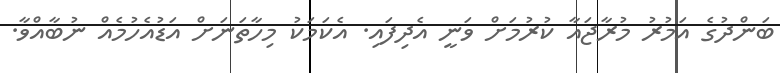
ބަންްދުގެ އަމުރު މުރާޖައާ ކުރުމަށް ވަނީ އެދިފައި. އެކަމަކު މިހާތަނަށް އަޑުއެހުމެއް ނުބާއްވާ.